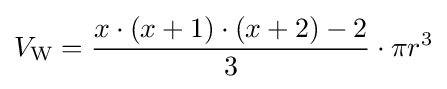
V_{\text{W}}={\frac {x\cdot (x+1)\cdot (x+2)-2}{3}}\cdot \pi r^{3}